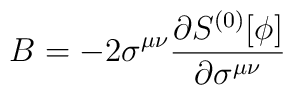
B=-2\sigma^{\mu\nu}{\partial S^{(0)}[\phi]\over\partial\sigma^{\mu\nu}}